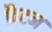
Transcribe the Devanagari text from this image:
फ्रैटन